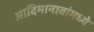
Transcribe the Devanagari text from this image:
आदिमानावांमध्ये